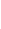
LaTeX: K\! \! \! \! \! \! \! \! \! \! \! \! =\! \! \! \! \! \! \! \! \! \! \! \! \{ \! \! \! \! \! \! \! \! \! \! \! \! \mathbf{x}\! \! \! \! \! \! \! \! \! \! \! \! \in\! \! \! \! \! \! \! \! \! \! \! \! B\! \! \! \! \! \! \! \! \! \! \! \! :\! \! \! \! \! \! \! \! \! \! \! \! ,r\! \! \! \! \! \! \! \! \! \! \! \! _{\! }\! \! \! \! \! \! \! \! \! \! \! 1\! \! \! \! \! \! \! \! \! \! \! \! \leq\! \! \! \! \! \! \! \! \! \! \! \! |\! \! \! \! \! \! \! \! \! \! \! \! |\! \! \! \! \! \! \! \! \! \! \! \! \mathbf{x}\! \! \! \! \! \! \! \! \! \! \! \! -\! \! \! \! \! \! \! \! \! \! \! \! \mathbf{x}\! \! \! \! \! \! \! \! \! \! \! \! _{\! }\! \! \! \! \! \! \! \! \! \! \! 0\! \! \! \! \! \! \! \! \! \! \! \! |\! \! \! \! \! \! \! \! \! \! \! \! |\! \! \! \! \! \! \! \! \! \! \! \! \leq\! \! \! \! \! \! \! \! \! \! \! \! r\! \! \! \! \! \! \! \! \! \! \! \! _{\! }\! \! \! \! \! \! \! \! \! \! \! 0\! \! \! \! \! \! \! \! \! \! \! \! \} \! \! \! \! \! \! \! \! \! \! \!